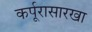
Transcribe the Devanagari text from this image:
कर्पूरासारखा